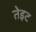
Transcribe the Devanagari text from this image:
तेइट